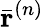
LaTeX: \bar{\mathbf{r}}^{(n)}